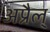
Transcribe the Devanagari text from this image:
अप्रैल्